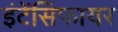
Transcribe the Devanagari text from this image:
इंटेंसिफायर